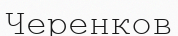
Черенков